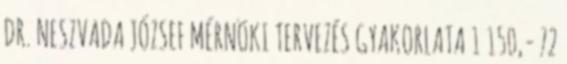
DR. NESZVADA JÓZSEF MÉRNÖKI TERVEZÉS GYAKORLATA 1 150,- 72